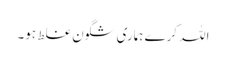
اللہ کرے ہماری شگون غلط ہو۔